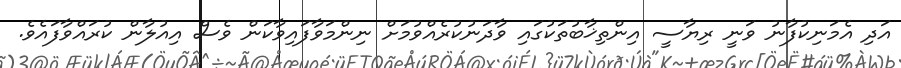
އަދި އެމަނިކުފާނު ވަނީ ރިޔާސީ އިންތިޚާބުތަކުގައި ވާދަނުކުރެއްވުމަށް ނިންމަވާފައިވާކަން ވެސް އިއުލާން ކުރައްވާފައެވެ.